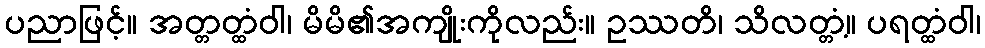
ပညာဖြင့်။ အတ္တတ္ထံဝါ၊ မိမိ၏အကျိုးကိုလည်း။ ဥဿတိ၊ သိလတ္တံ့။ ပရတ္ထံဝါ၊